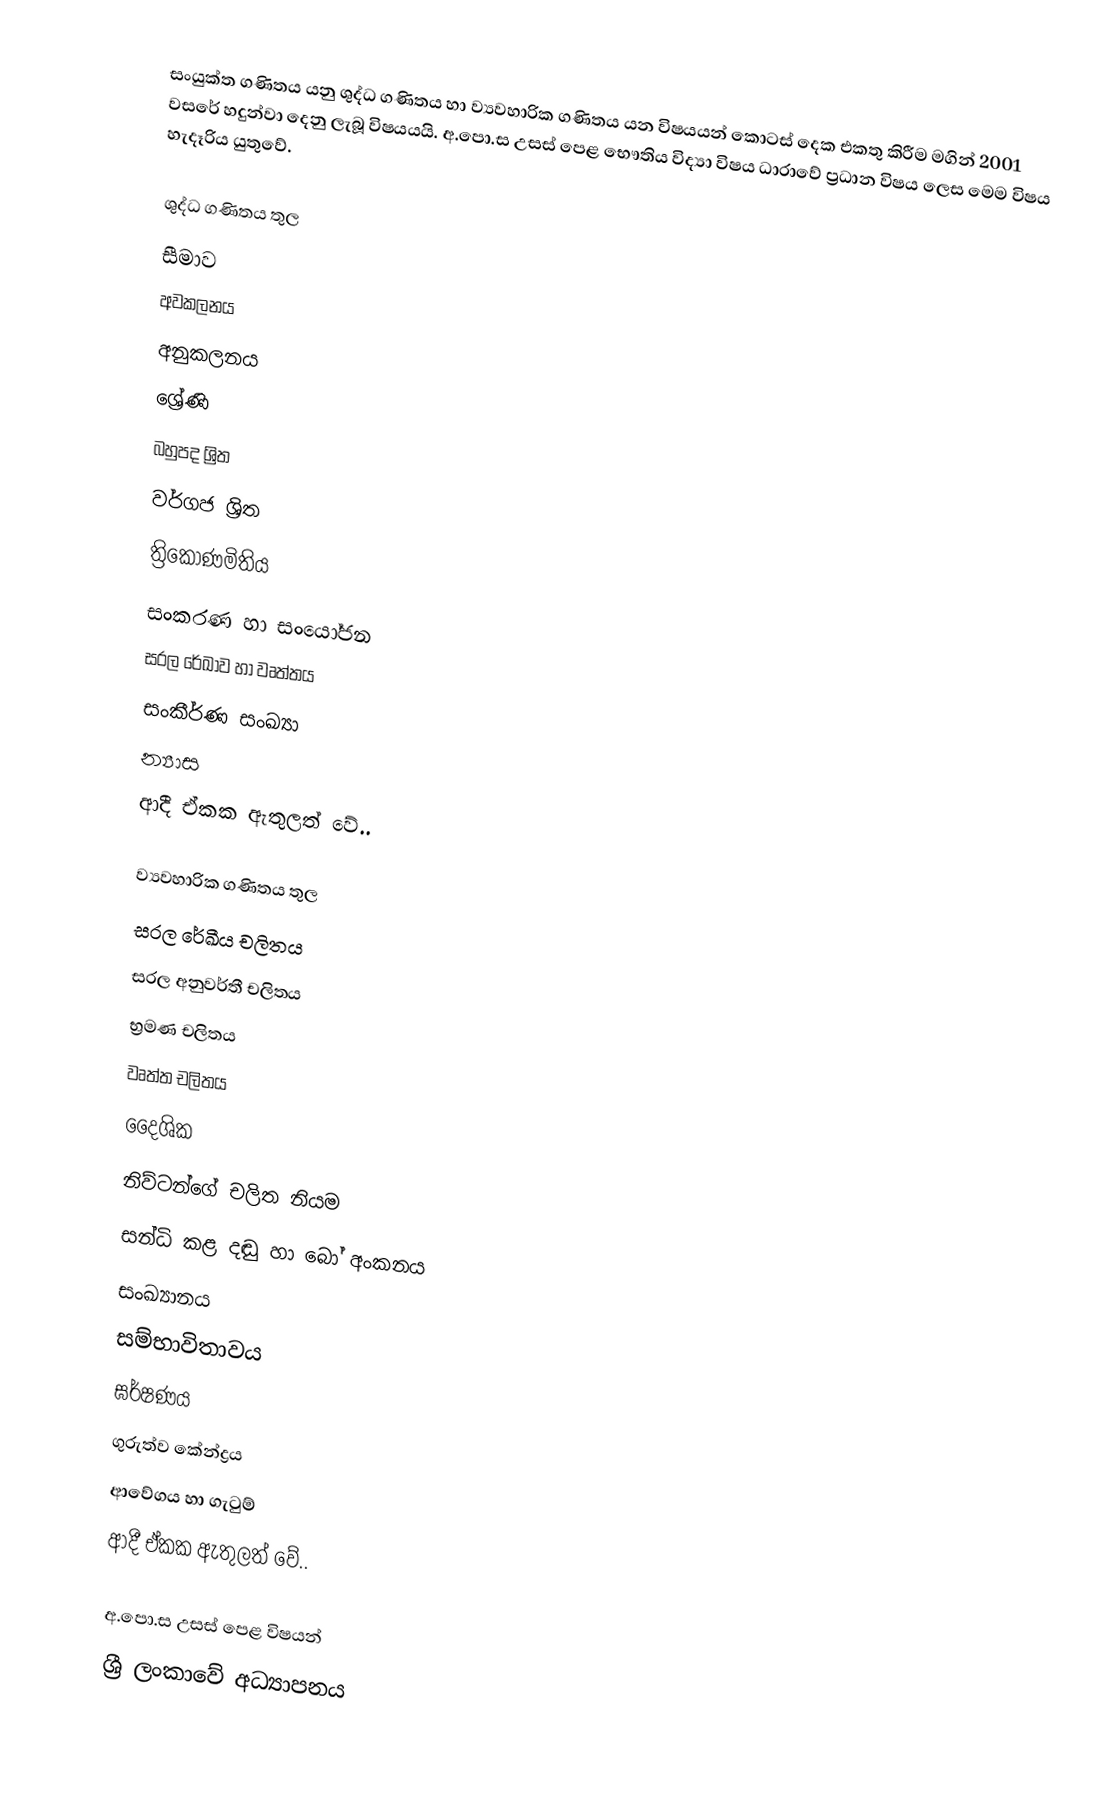
සංයුක්ත ගණිතය යනු ශුද්ධ ගණිතය හා ව්‍යවහාරික ගණිතය යන විෂයයන් කොටස් දෙක එකතු කිරීම මගින් 2001 වසරේ හදුන්වා දෙනු ලැබූ විෂයයයි. අ.පො.ස උසස් පෙළ භෞතිය විද්‍යා විෂය ධාරාවේ ප්‍රධාන ⁣විෂය ලෙස මෙම විෂය හැදෑරිය යුතුවේ.

ශුද්ධ ගණිතය තුල
 සීමාව
 අවකලනය
 අනුකලනය
 ශ්‍රේණි
 බහුපද ශ්‍රිත
 වර්ගජ ශ්‍රිත
 ත්‍රිකෝණමිතිය
 සංකරණ හා සංයෝජන
 සරල රේඛාව හා වෘත්තය
 සංකීර්ණ සංඛ්‍යා
 න්‍යාස
ආදී ඒකක ඇතුලත් වේ..

ව්‍යවහාරික ගණිතය තුල
 සරල රේඛීය චලිතය
 සරල අනුවර්තී චලිතය
 භ්‍රමණ චලිතය
 වෘත්ත චලිතය
 දෛශික
 නිව්ටන්ගේ චලිත නියම
 සන්ධි කළ දඬු හා බෝ අංකනය
 සංඛ්‍යානය
 සම්භාවිතාවය
 ඝර්ෂණය
 ගුරුත්ව කේන්ද්‍රය
 ආවේගය හා ගැටුම්
ආදී ඒකක ඇතුලත් වේ..

 අ.පො.ස උසස් පෙළ විෂයන්
 ශ්‍රී ලංකාවේ අධ්‍යාපනය